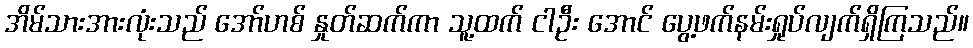
အိမ်သားအားလုံးသည် အော်ဟစ် နှုတ်ဆက်ကာ သူ့ထက် ငါဦး အောင် ပွေ့ဖက်နမ်းရှုပ်လျက်ရှိကြသည်။